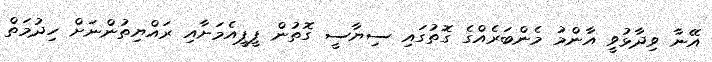
އޭނާ ވިދާޅުވީ އާންމު މެންބަރެއްގެ ގޮތުގައި ސިޔާސީ ގޮތުން ޕީޕީއެމަށާއި ރައްޔިތުންނަށް ހިދުމަތް